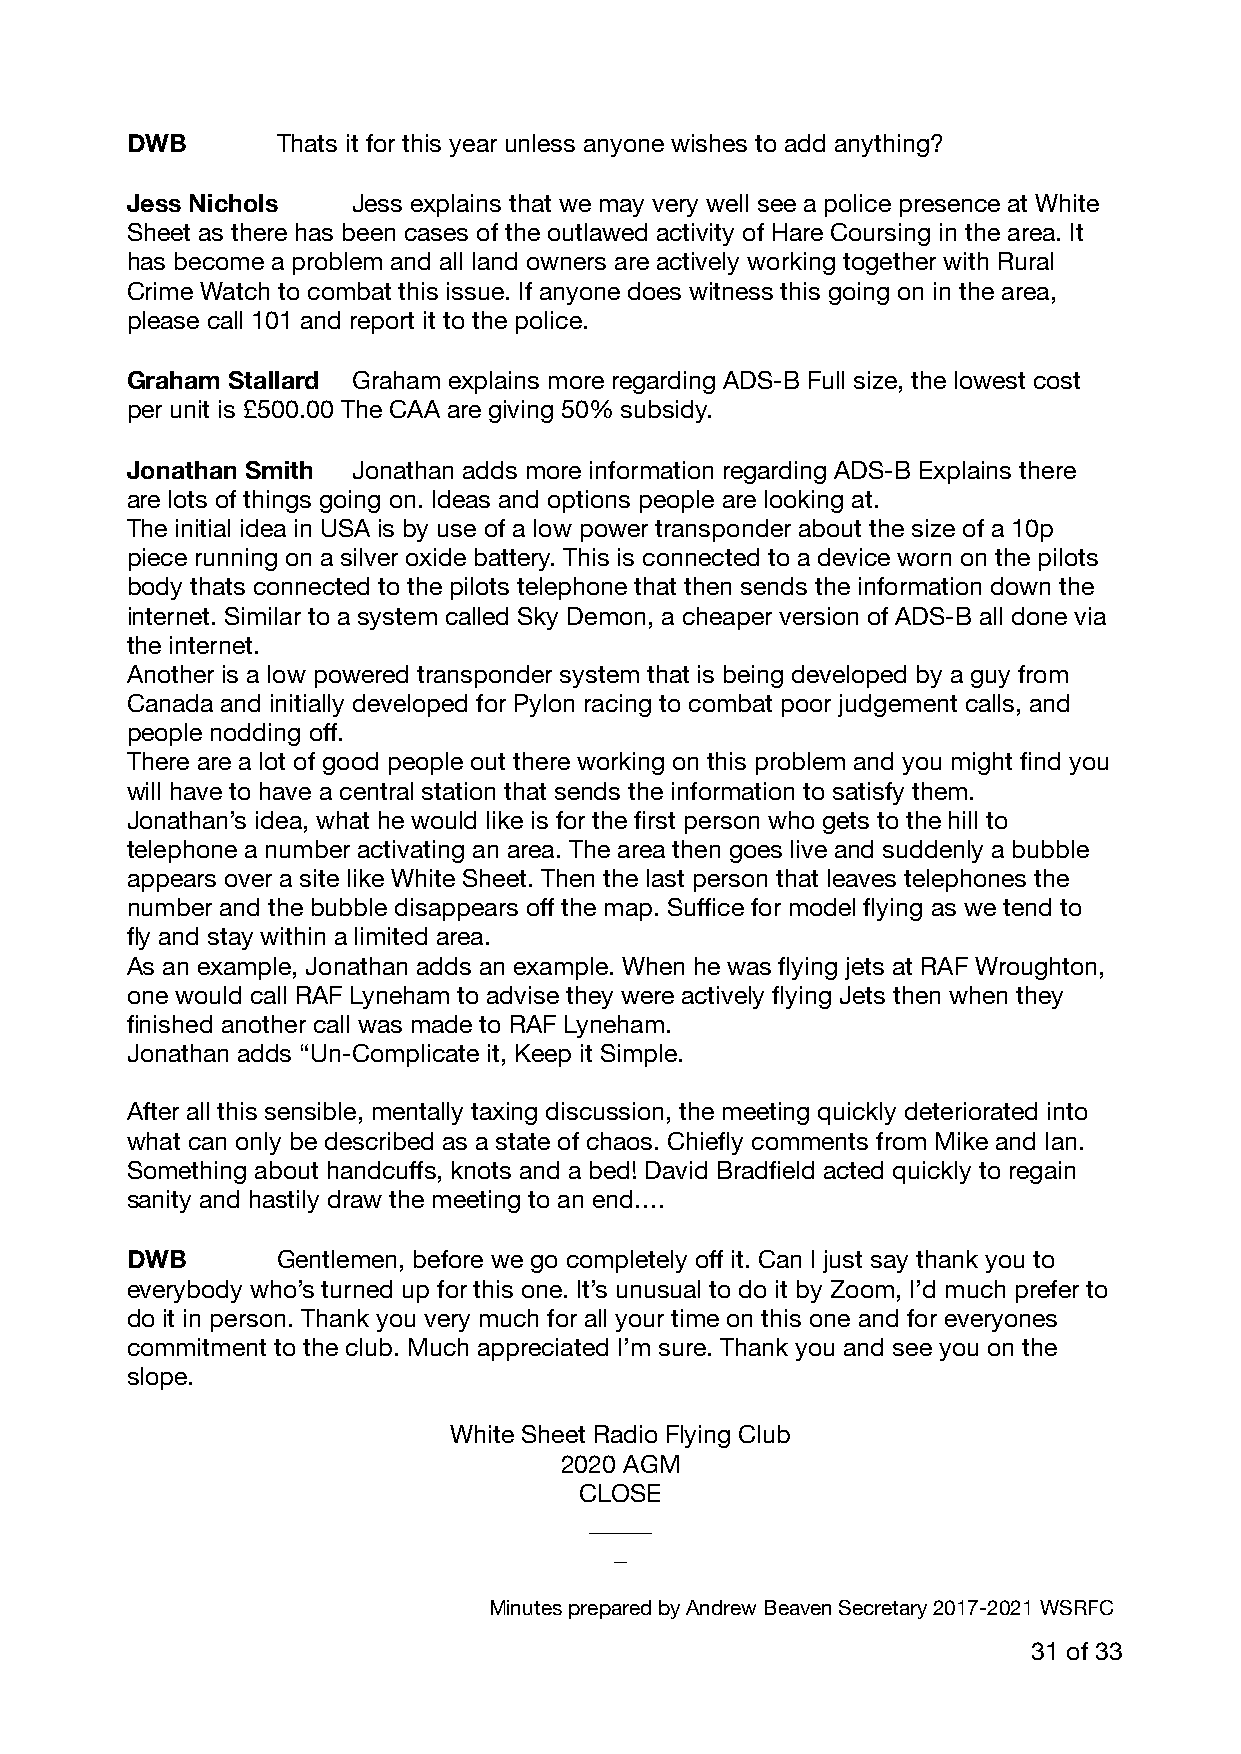
DWB       Thats it for this year unless anyone wishes to add anything?
 Jess Nichols   Jess explains that we may very well see a police presence at White
 Sheet as there has been cases of the outlawed activity of Hare Coursing in the area. It
 has become a problem and all land owners are actively working together with Rural
 Crime Watch to combat this issue. If anyone does witness this going on in the area,
 please call 101 and report it to the police.
 Graham Stallard Graham explains more regarding ADS-B Full size, the lowest cost
 per unit is £500.00 The CAA are giving 50% subsidy.
 Jonathan Smith Jonathan adds more information regarding ADS-B Explains there
 are lots of things going on. Ideas and options people are looking at.
 The initial idea in USA is by use of a low power transponder about the size of a 10p
 piece running on a silver oxide battery. This is connected to a device worn on the pilots
 body thats connected to the pilots telephone that then sends the information down the
 internet. Similar to a system called Sky Demon, a cheaper version of ADS-B all done via
 the internet.
 Another is a low powered transponder system that is being developed by a guy from
 Canada and initially developed for Pylon racing to combat poor judgement calls, and
 people nodding off.
 There are a lot of good people out there working on this problem and you might find you
 will have to have a central station that sends the information to satisfy them.
 Jonathan’s idea, what he would like is for the first person who gets to the hill to
 telephone a number activating an area. The area then goes live and suddenly a bubble
 appears over a site like White Sheet. Then the last person that leaves telephones the
 number and the bubble disappears off the map. Suffice for model flying as we tend to
 fly and stay within a limited area.
 As an example, Jonathan adds an example. When he was flying jets at RAF Wroughton,
 one would call RAF Lyneham to advise they were actively flying Jets then when they
 finished another call was made to RAF Lyneham.
 Jonathan adds “Un-Complicate it, Keep it Simple.
 After all this sensible, mentally taxing discussion, the meeting quickly deteriorated into
 what can only be described as a state of chaos. Chiefly comments from Mike and Ian.
 Something about handcuffs, knots and a bed! David Bradfield acted quickly to regain
 sanity and hastily draw the meeting to an end.…
 DWB       Gentlemen, before we go completely off it. Can I just say thank you to
 everybody who’s turned up for this one. It’s unusual to do it by Zoom, I’d much prefer to
 do it in person. Thank you very much for all your time on this one and for everyones
 commitment to the club. Much appreciated I’m sure. Thank you and see you on the
 slope.
 White Sheet Radio Flying Club
 2020 AGM
 CLOSE
 _____
 _
 Minutes prepared by Andrew Beaven Secretary 2017-2021 WSRFC
 31 of 33